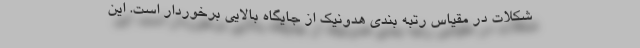
شکلات در مقیاس رتبه بندی هدونیک از جایگاه بالایی برخوردار است. این